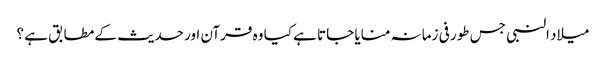
میلاد النبی جس طور فی زمانہ منایا جاتا ہے کیا وہ قرآن اور حدیث کے مطابق ہے ؟